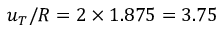
u _ { T } / R = 2 \times 1 . 8 7 5 = 3 . 7 5